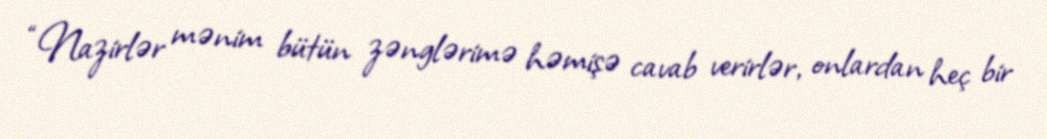
“Nazirlər mənim bütün zənglərimə həmişə cavab verirlər, onlardan heç bir